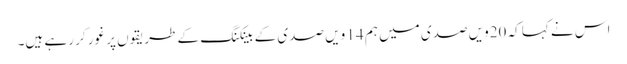
اس نے کہا کہ 20ویں صدی میں ہم 14 ویں صدی کے بینکنگ کے طریقوں پر غور کر رہے ہیں۔